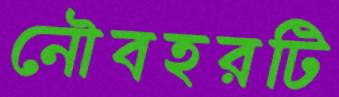
নৌবহরটি